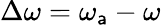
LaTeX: \Delta\omega=\omega_{\mathsf{a}}-\omega